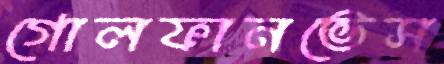
গোলফানভেস